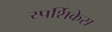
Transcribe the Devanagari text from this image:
स्पर्शिकेस